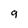
Character: 9